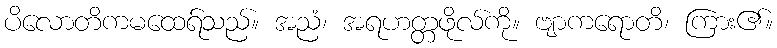
ပိလောတိကမထေရ်သည်။ အညံ၊ အရဟတ္တဖိုလ်ကို။ ဗျာကရောတိ၊ ကြား၏။